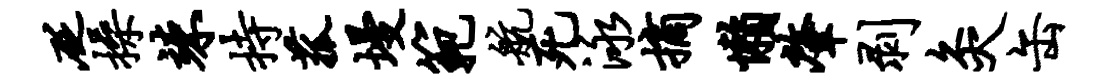
砭操竦持菰墁范航死泳摘懒肇剥灸缶